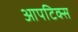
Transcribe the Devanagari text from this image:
आपटिक्स